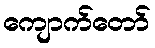
ကျောက်တော်